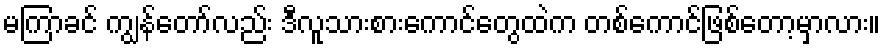
မကြာခင် ကျွန်တော်လည်း ဒီလူသားစားကောင်တွေထဲက တစ်ကောင်ဖြစ်တော့မှာလား။